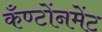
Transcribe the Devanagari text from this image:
कँण्टोंनमेंट